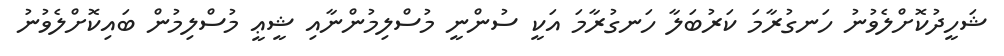
ޝަހީދުކޮށްލެވުނު ހަނގުރާމަ ކަރުބަލާ ހަނގުރާމަ އަކީ ސުންނީ މުސްލިމުންނާއި ޝީޢީ މުސްލިމުން ބައިކޮށްލެވުނު